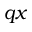
q x